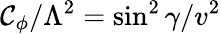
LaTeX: \mathcal{C}_{\phi}/\Lambda^{2}=\sin^{2}\gamma/v^{2}